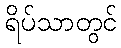
ရိပ်သာတွင်